Indian journal of veterinary science and animal husbandry - Volume 10,
Year: 1940
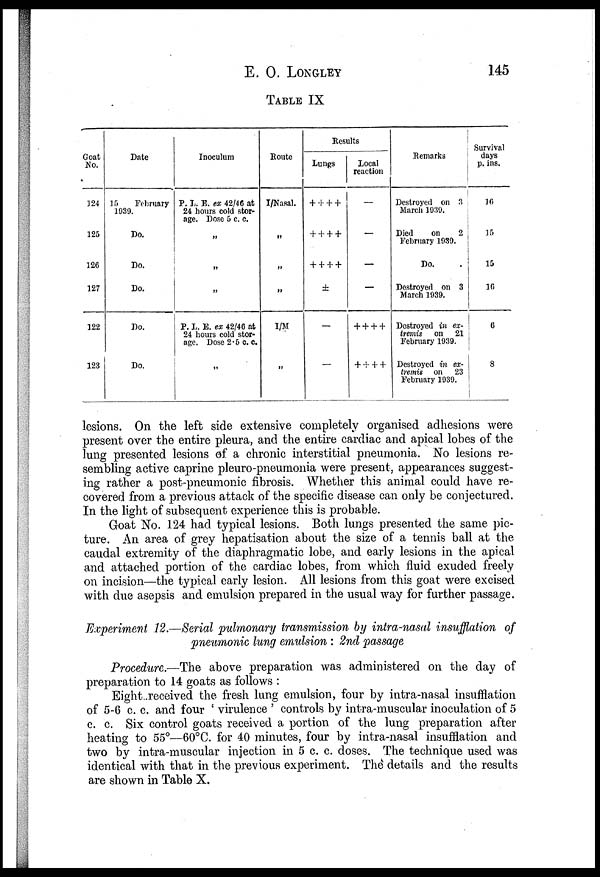
E. O. LONGLEY 145
TABLE IX
Goat
No.
124
125
126
127
122
123
Date
15
February
1939.
Do.
Do.
Do.
Do.
Do.
Inoculum
P. I. E. ex 42/46 at
24 hours cold stor-
age. Dose 5 c. c.
„
„
„
P. L. E. ex 42/46 at
24 hours cold stor-
age. Dose 2.5 c.c.
„
Route
I/Nasal.
„
„
„
I/M
„
Results
Lungs
+ + + +
+ + + +
+ + + +
±
—
—
Local
reaction
—
—
—
—
+ + + +
++++
Remarks
Destroyed on 3
March 1939.
Died
on
2
February 1939.
Do. .
Destroyed on 3
March 1939.
Destroyed in ex-
tremis on 21
February 1939.
Destroyed in ex-
tremis on 23
February 1939.
Survival
days
p. ins.
16
15
15
16
6
8
lesions. On the left side extensive completely organised adhesions were
present over the entire pleura, and the entire cardiac and apical lobes of the
lung presented lesions of a chronic interstitial pneumonia. No lesions re-
sembling active caprine pleuro-pneumonia were present, appearances suggest-
ing rather a post-pneumonic fibrosis. Whether this animal could have re-
covered from a previous attack of the specific disease can only be conjectured.
In the light of subsequent experience this is probable.
Goat No. 124 had typical lesions. Both lungs presented the same pic-
ture. An area of grey hepatisation about the size of a tennis ball at the
caudal extremity of the diaphragmatic lobe, and early lesions in the apical
and attached portion of the cardiac lobes, from which fluid exuded freely
on incision—the typical early lesion. All lesions from this goat were excised
with due asepsis and emulsion prepared in the usual way for further passage.
Experiment 12.—Serial pulmonary transmission by intra-nasal insufflation of
pneumonic lung emulsion : 2nd passage
Procedure.—The above preparation was administered on the day of
preparation to 14 goats as follows :
Eight received the. fresh lung emulsion, four by intra-nasal insufflation
of 5-6 c. c. and four ' virulence ' controls by intra-muscular inoculation of 5
c. c. Six control goats received a portion of the lung preparation after
heating to 55°—60°C. for 40 minutes, four by intra-nasal insufflation and
two by intra-muscular injection in 5 c. c. doses. The technique used was
identical with that in the previous experiment. The details and the results
are shown in Table X.